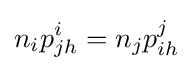
n_{i}p_{jh}^{i}=n_{j}p_{ih}^{j}